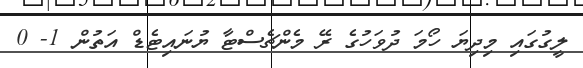
ލީގުގައި މިދިޔަ ހޯމަ ދުވަހުގެ ރޭ މެންޗެސްޓާ ޔުނައިޓެޑް އަތުން 1- 0